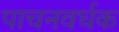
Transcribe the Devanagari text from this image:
पाचनवर्धक